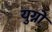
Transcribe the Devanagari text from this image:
युग्नो